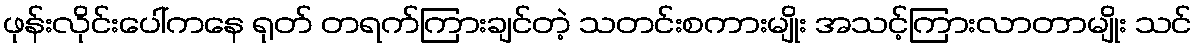
ဖုန်းလိုင်းပေါ်ကနေ ရုတ် တရက်ကြားချင်တဲ့ သတင်းစကားမျိုး အသင့်ကြားလာတာမျိုး သင်